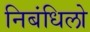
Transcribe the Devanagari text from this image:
निबंधिलो